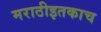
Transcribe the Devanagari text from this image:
मराठीइतकाच